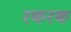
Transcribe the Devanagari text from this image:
रकरक